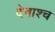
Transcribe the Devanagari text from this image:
देवाश्च